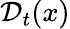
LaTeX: \mathcal{D}_{t}(x)